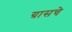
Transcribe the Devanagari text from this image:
ग्रासचे